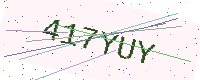
Text: 417YUY